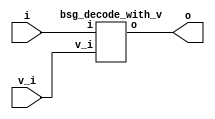


module top
(
  i,
  v_i,
  o
);

  input [3:0] i;
  output [15:0] o;
  input v_i;

  bsg_decode_with_v
  wrapper
  (
    .i(i),
    .o(o),
    .v_i(v_i)
  );


endmodule



module bsg_decode_num_out_p16
(
  i,
  o
);

  input [3:0] i;
  output [15:0] o;
  wire [15:0] o;
  assign o = { 1'b0, 1'b0, 1'b0, 1'b0, 1'b0, 1'b0, 1'b0, 1'b0, 1'b0, 1'b0, 1'b0, 1'b0, 1'b0, 1'b0, 1'b0, 1'b1 } << i;

endmodule



module bsg_decode_with_v
(
  i,
  v_i,
  o
);

  input [3:0] i;
  output [15:0] o;
  input v_i;
  wire [15:0] o,lo;

  bsg_decode_num_out_p16
  bd
  (
    .i(i),
    .o(lo)
  );

  assign o[15] = v_i & lo[15];
  assign o[14] = v_i & lo[14];
  assign o[13] = v_i & lo[13];
  assign o[12] = v_i & lo[12];
  assign o[11] = v_i & lo[11];
  assign o[10] = v_i & lo[10];
  assign o[9] = v_i & lo[9];
  assign o[8] = v_i & lo[8];
  assign o[7] = v_i & lo[7];
  assign o[6] = v_i & lo[6];
  assign o[5] = v_i & lo[5];
  assign o[4] = v_i & lo[4];
  assign o[3] = v_i & lo[3];
  assign o[2] = v_i & lo[2];
  assign o[1] = v_i & lo[1];
  assign o[0] = v_i & lo[0];

endmodule